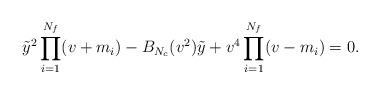
\begin{align*}\tilde{y}^2\prod_{i=1}^{N_f}(v+m_i)-B_{N_c}(v^2)\tilde{y}+v^4\prod_{i=1}^{N_f}(v-m_i)=0.\end{align*}